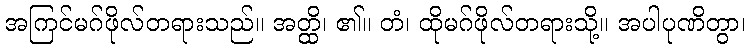
အကြင်မဂ်ဖိုလ်တရားသည်။ အတ္ထိ၊ ၏။ တံ၊ ထိုမဂ်ဖိုလ်တရားသို့။ အပါပုဏိတွာ၊